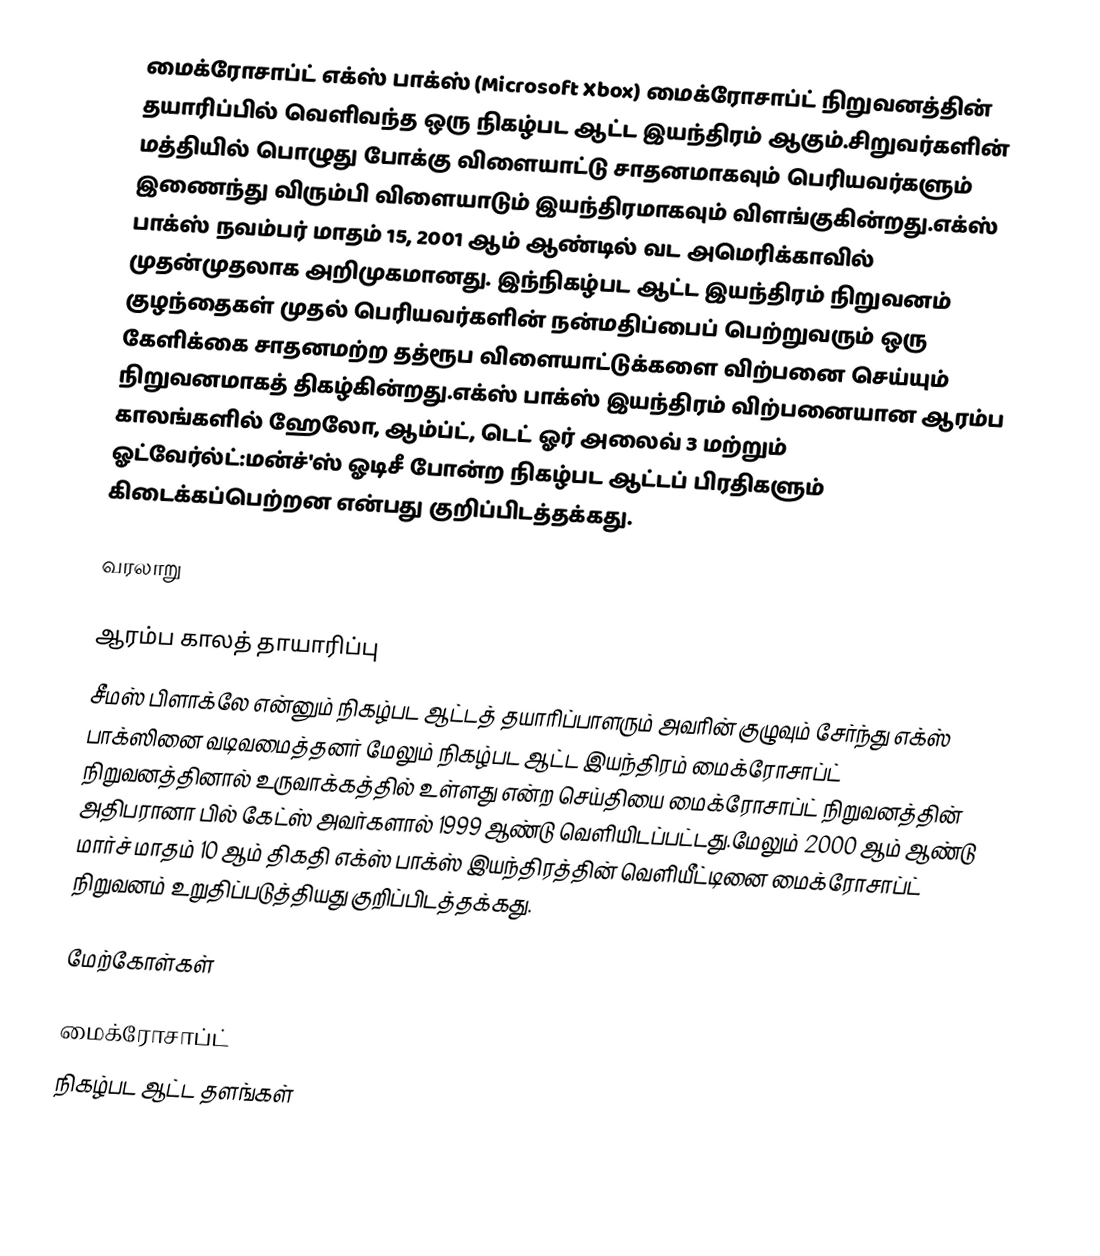
மைக்ரோசாப்ட் எக்ஸ் பாக்ஸ் (Microsoft Xbox) மைக்ரோசாப்ட் நிறுவனத்தின் தயாரிப்பில் வெளிவந்த ஒரு நிகழ்பட ஆட்ட இயந்திரம் ஆகும்.சிறுவர்களின் மத்தியில் பொழுது போக்கு விளையாட்டு சாதனமாகவும் பெரியவர்களும் இணைந்து விரும்பி விளையாடும் இயந்திரமாகவும் விளங்குகின்றது.எக்ஸ் பாக்ஸ் நவம்பர் மாதம் 15, 2001 ஆம் ஆண்டில் வட அமெரிக்காவில் முதன்முதலாக அறிமுகமானது. இந்நிகழ்பட ஆட்ட இயந்திரம் நிறுவனம் குழந்தைகள் முதல் பெரியவர்களின் நன்மதிப்பைப் பெற்றுவரும் ஒரு கேளிக்கை சாதனமற்ற தத்ரூப விளையாட்டுக்களை விற்பனை செய்யும் நிறுவனமாகத் திகழ்கின்றது.எக்ஸ் பாக்ஸ் இயந்திரம் விற்பனையான ஆரம்ப காலங்களில் ஹேலோ, ஆம்ப்ட், டெட் ஓர் அலைவ் 3 மற்றும் ஓட்வேர்ல்ட்:மன்ச்'ஸ் ஓடிசீ போன்ற நிகழ்பட ஆட்டப் பிரதிகளும் கிடைக்கப்பெற்றன என்பது குறிப்பிடத்தக்கது.

வரலாறு

ஆரம்ப காலத் தாயாரிப்பு
சீமஸ் பிளாக்லே என்னும் நிகழ்பட ஆட்டத் தயாரிப்பாளரும் அவரின் குழுவும் சேர்ந்து எக்ஸ் பாக்ஸினை வடிவமைத்தனர் மேலும் நிகழ்பட ஆட்ட இயந்திரம் மைக்ரோசாப்ட் நிறுவனத்தினால் உருவாக்கத்தில் உள்ளது என்ற செய்தியை மைக்ரோசாப்ட் நிறுவனத்தின் அதிபரானா பில் கேட்ஸ் அவர்களால் 1999 ஆண்டு வெளியிடப்பட்டது.மேலும் 2000 ஆம் ஆண்டு மார்ச் மாதம் 10 ஆம் திகதி எக்ஸ் பாக்ஸ் இயந்திரத்தின் வெளியீட்டினை மைக்ரோசாப்ட் நிறுவனம் உறுதிப்படுத்தியது குறிப்பிடத்தக்கது.

மேற்கோள்கள்

மைக்ரோசாப்ட்
நிகழ்பட ஆட்ட தளங்கள்